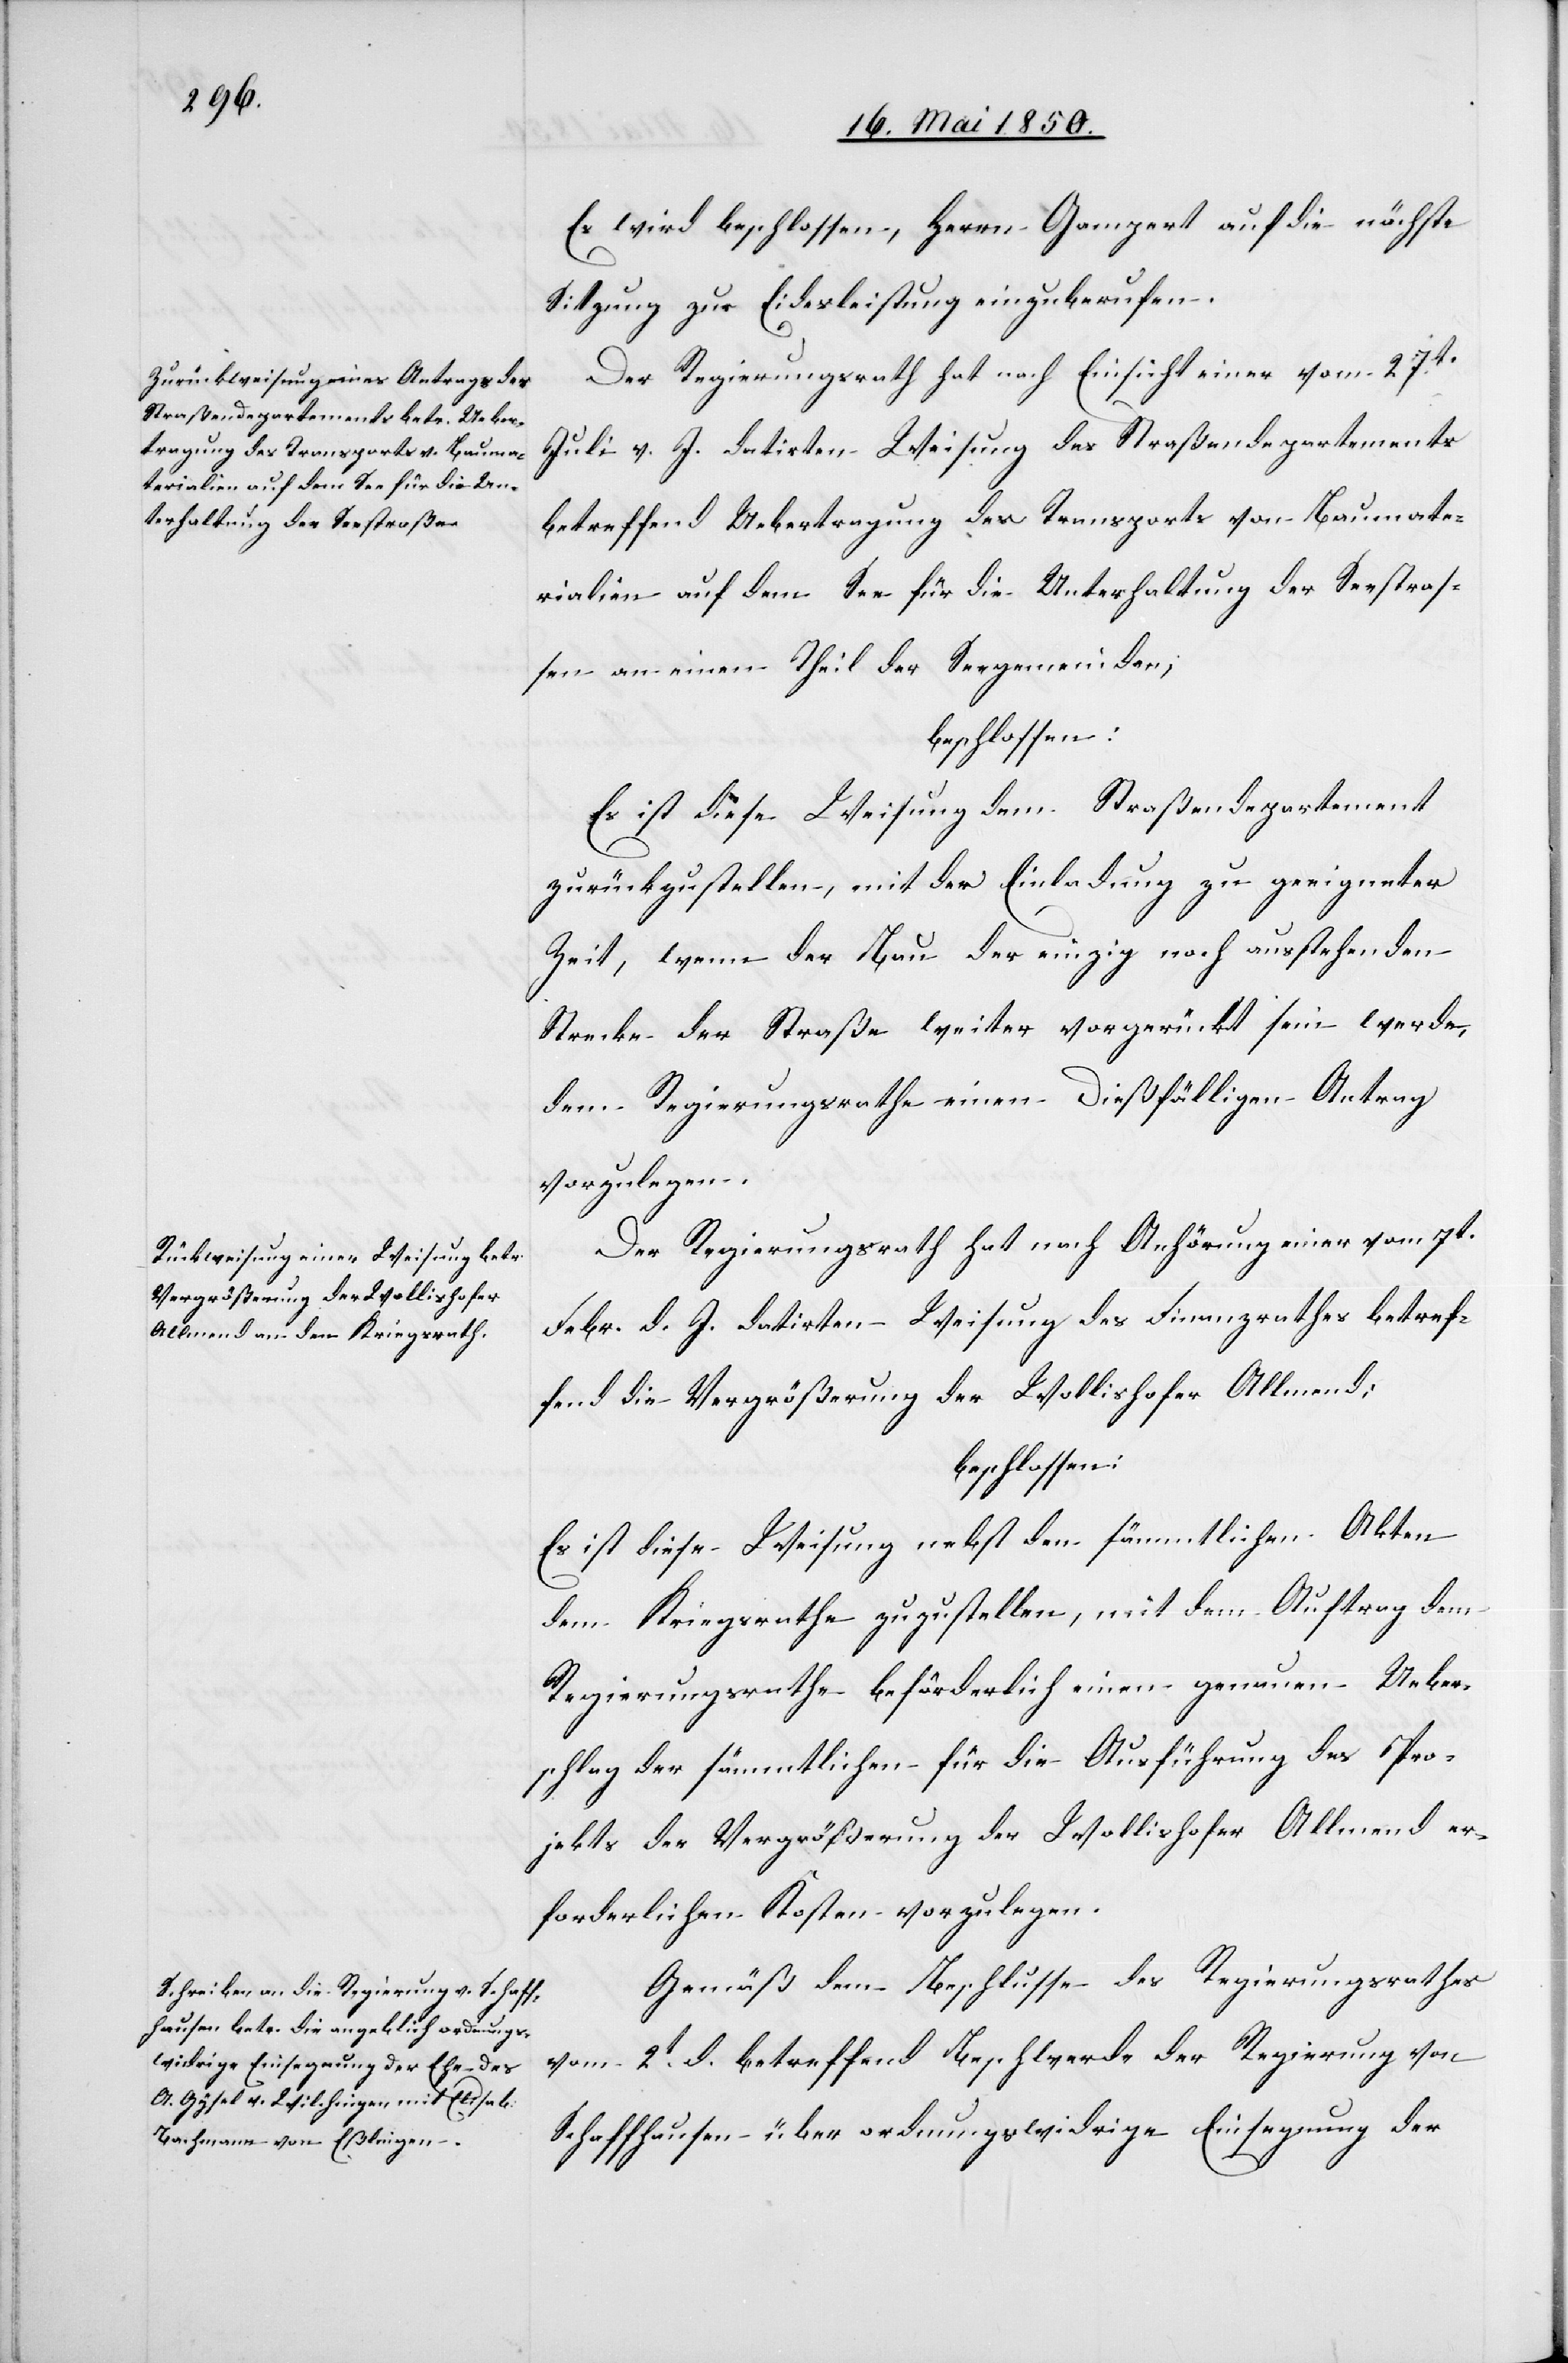
Es wird beschlossen, Herrn Gampert auf die nächste
Sitzung zur Eidesleistung einzuberufen.
Der Regierungsrath hat nach Einsicht einer vom 27t
Juli v. J. datirten Weisung des Straßendepartements
betreffend Uebertragung des Transports von Baumate¬
rialien auf dem See für die Unterhaltung der Seestraß¬
en an einen Theil der Seegemeinden;
beschlossen:
Es ist diese Weisung dem Straßendepartement
zurückzustellen, mit der Einladung zu geeigneter
Zeit, wenn der Bau der einzig noch ausstehenden
Strecke der Straße weiter vorgerückt sein werde,
dem Regierungsrathe einen Dießfälligen Antrag
vorzulegen.
Der Regierungsrath hat nach Anhörung einer vom 7t
Febr. d. J. datirten Weisung des Finanzrathes betref¬
fend die Vergrößerung der Wollishofer Allmend;
beschlossen:
Es ist diese Weisung nebst den sämmtlichen Akten
dem Kriegsrathe zuzustellen, mit dem Auftrag dem
Regierungsrathe beförderlich einen genauen Ueber¬
schlag der sämmtlichen für die Ausführung des Pro¬
jekts der Vergrößerung der Wollishofer Allmend er¬
forderlichen Kosten vorzulegen.
Gemäß dem Beschlusse des Regierungsrathes
vom 2t d. betreffend Beschwerde der Regierung von
Schaffhausen über ordnungswidrige Einsegnung der